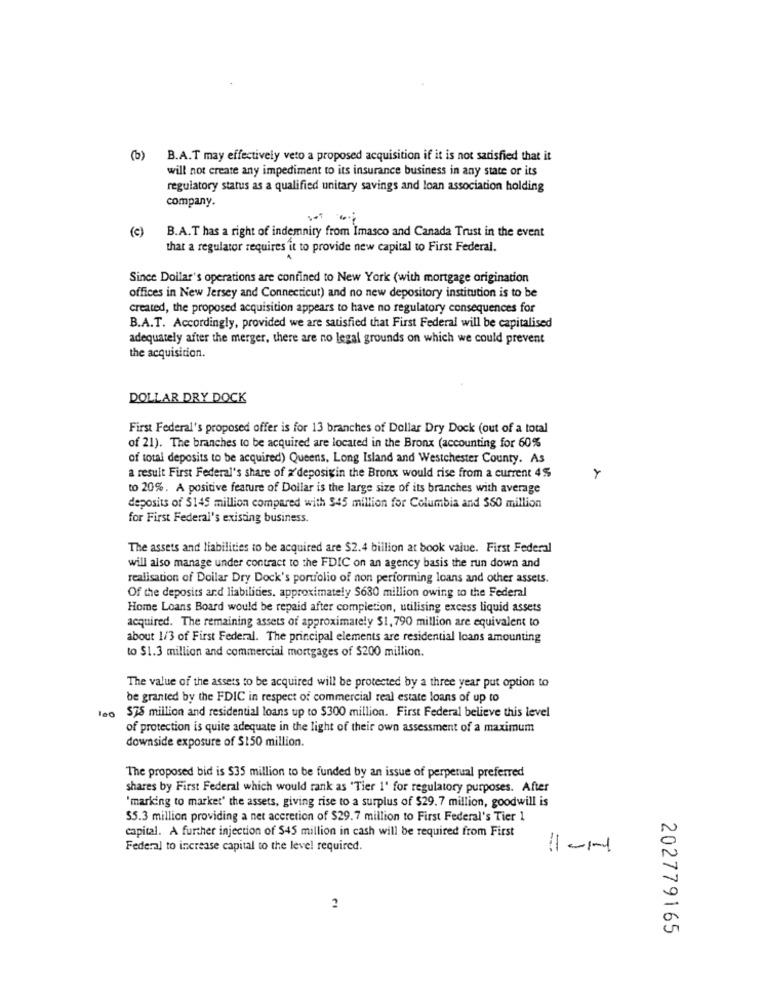
(b)
B.A.T may effectively veto a proposed acquisition if it is not satisfied that it
will not create any impediment to its insurance business in any state or its
regulatory status as a qualified unitary savings and loan association holding
company.
( c )
B.A.T has a right of indemnity from Imasco and Canada Trust in the event
that a regulator requires it to provide new capital to First Federal.
Since Dollar's operations are confined to New York (with mortgage origination
offices in New Jersey and Connecticut) and no new depository institution is to be
created, the proposed acquisition appears to have no regulatory consequences for
B.A.T. Accordingly, provided we are satisfied that First Federal will be capitalised
adequately after the merger, there are no legal grounds on which we could prevent
the acquisition.
DOLLAR DRY DOCK
First Federal's proposed offer is for 13 branches of Dollar Dry Dock (out of a total
of 21). The branches to be acquired are located in the Bronx (accounting for 60%
of total deposits to be acquired) Queens, Long Island and Westchester County. As
a result First Federal's share of x'deposigin the Bronx would rise from a current 4%
to 20%. A positive feature of Dollar is the large size of its branches with average
deposits of 5145 million compared with $45 million for Columbia and 350 million
for First Federal's existing business.
The assets and liabilities to be acquired are $2.4 billion at book value. First Federal
will also manage under contract to the FDIC on an agency basis the run down and
realisation of Doilar Dry Dock's portfolio of non performing loans and other assets.
Of the deposits and liabilities, approximately $630 million owing to the Federal
Home Loans Board would be repaid after completion, utilising excess liquid assets
acquired. The remaining assets of approximately $1, 790 million are equivalent to
about 1/3 of First Federal. The principal elements are residential loans amounting
to $1.3 million and commercial mortgages of $200 million.
The value of the assets to be acquired will be protected by a three year put option to
be granted by the FDIC in respect of commercial real estate loans of up to
leo $75 million and residential loans up to $300 million. First Federal believe this level
of protection is quite adequate in the light of their own assessment of a maximum
downside exposure of $150 million.
The proposed bid is $35 million to be funded by an issue of perpetual preferred
shares by First Federal which would rank as 'Tier 1' for regulatory purposes. After
'marking to market' the assets, giving rise to a surplus of $29.7 million, goodwill is
$5.3 million providing a net accretion of $29.7 million to First Federal's Tier 1
capital. A further injection of $45 million in cash will be required from First
Federal to increase capital to the level required.
11 -1-t
2
202779165